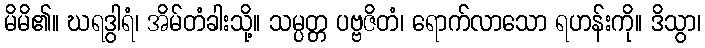
မိမိ၏။ ဃရဒွါရံ၊ အိမ်တံခါးသို့။ သမ္ပတ္တ ပဗ္ဗဇိတံ၊ ရောက်လာသော ရဟန်းကို။ ဒိသွာ၊